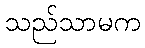
သည်သာမက